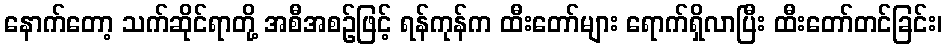
နောက်တော့ သက်ဆိုင်ရာတို့ အစီအစဉ်ဖြင့် ရန်ကုန်က ထီးတော်များ ရောက်ရှိလာပြီး ထီးတော်တင်ခြင်း၊